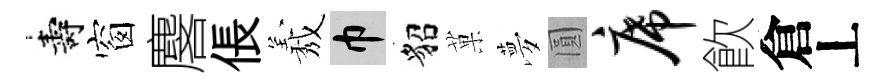
壽窗麐倀𦏁巾貂菓夢圓席飮倉丄